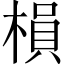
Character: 𣗼